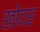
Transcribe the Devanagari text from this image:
खोदार